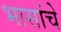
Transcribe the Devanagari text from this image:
भासांचे